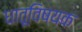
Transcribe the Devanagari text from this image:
धातूविषयक